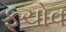
ફૂચોવ